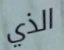
الذي